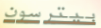
بيترسون